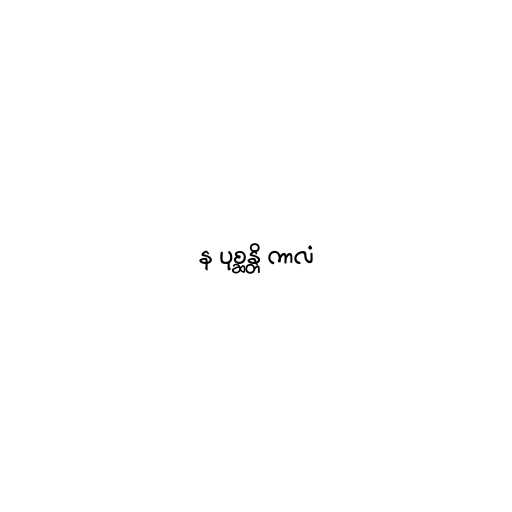
န ပုစ္ဆန္တိ ကာလံ